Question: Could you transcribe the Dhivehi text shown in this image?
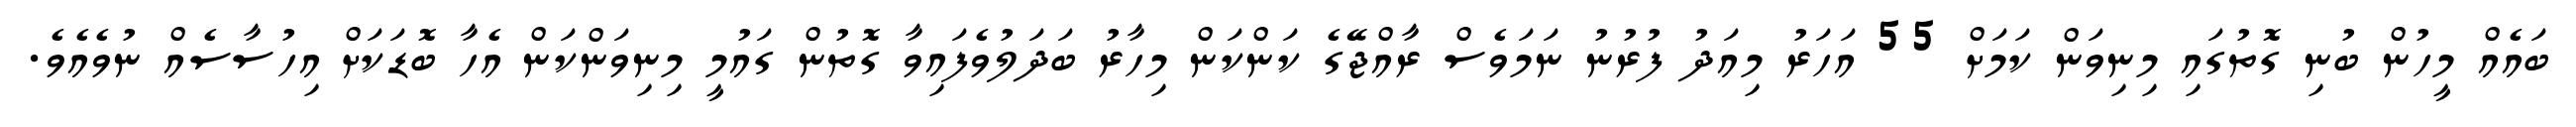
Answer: ބައެއް މީހުން ބުނި ގޮތުގައި މިނިވަން ކަމަށް 55 އަހަރު މިއަދު ފުރުނު ނަމަވެސް ރާއްޖޭގެ ކަންކަން މިހާރު ބަދަލުވެފައިވާ ގޮތުން ގައުމީ މިނިވަންކަން އެހާ ބޮޑަކަށް އިހުސާސެއް ނުވެއެވެ.